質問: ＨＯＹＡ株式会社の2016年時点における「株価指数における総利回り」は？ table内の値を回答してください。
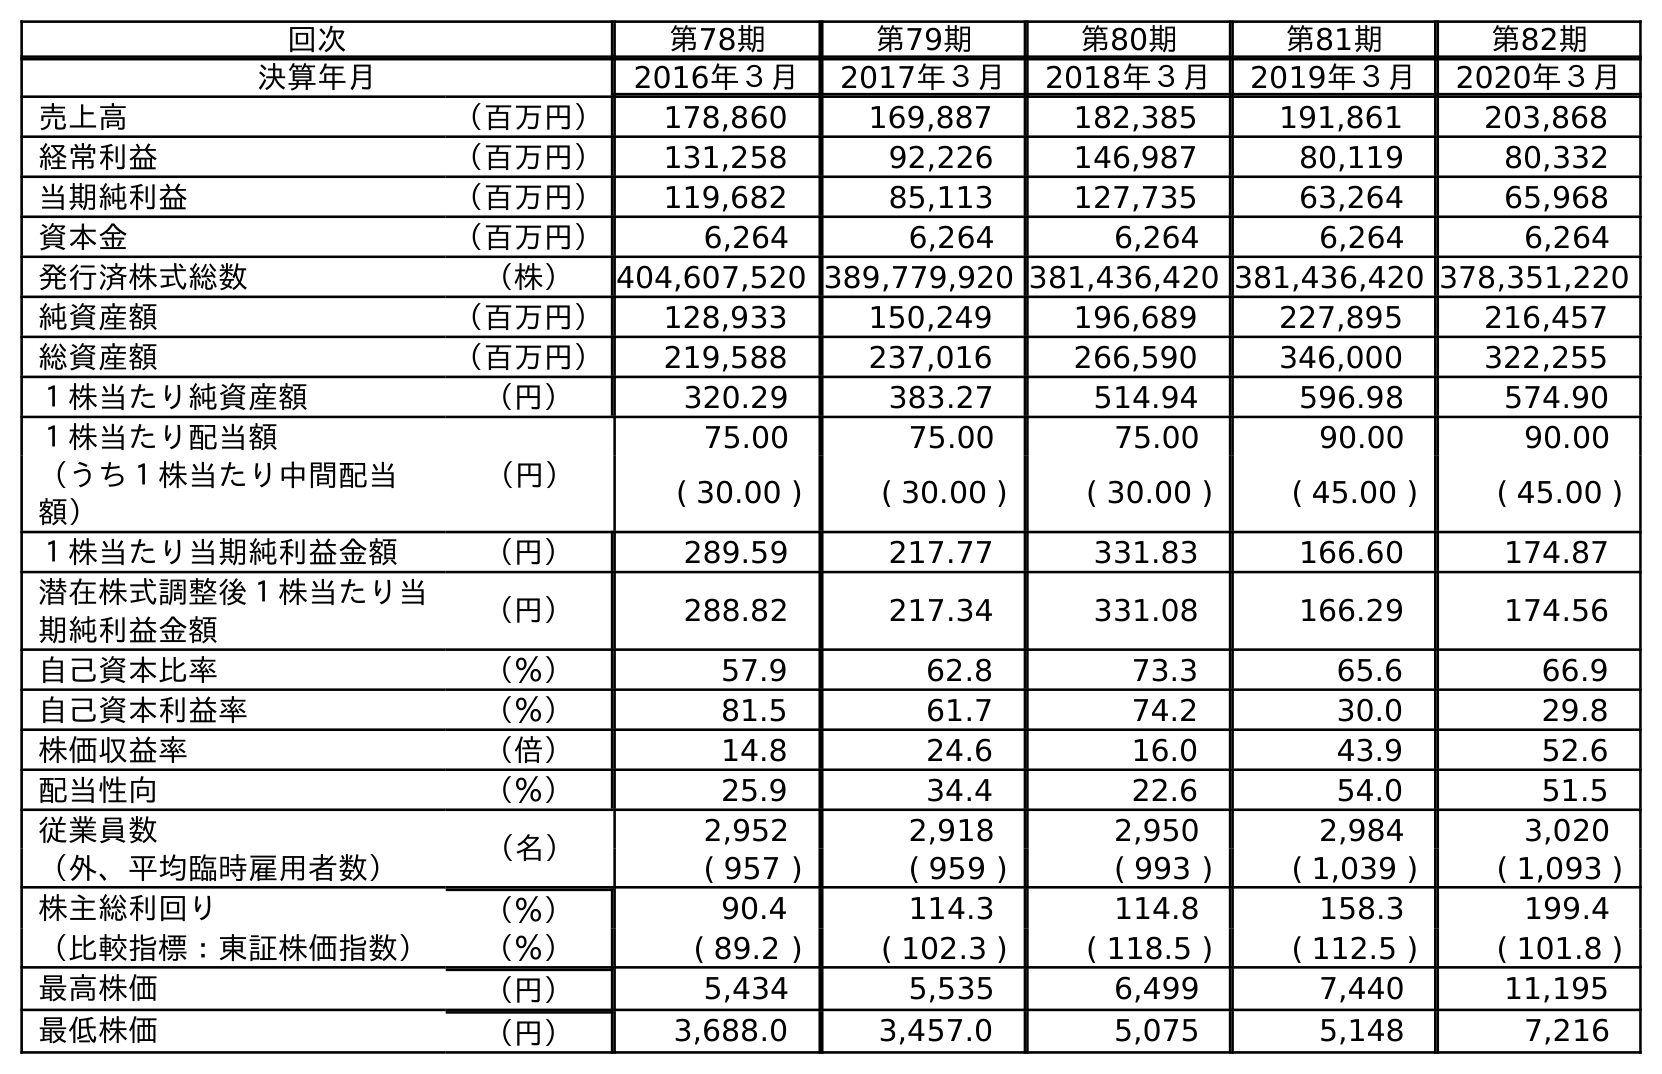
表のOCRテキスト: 回次 第78期 第79期 第80期 第81期 第82期 決算年月 2016年３月 2017年３月 2018年３月 2019年３月 2020年３月 売上高 （百万円） 178,860 169,887 182,385 191,861 203,868 経常利益 （百万円） 131,258 92,226 146,987 80,119 80,332 当期純利益 （百万円） 119,682 85,113 127,735 63,264 65,968 資本金 （百万円） 6,264 6,264 6,264 6,264 6,264 発行済株式総数 （株） 404,607,520 389,779,920 381,436,420 381,436,420 378,351,220 純資産額 （百万円） 128,933 150,249 196,689 227,895 216,457 総資産額 （百万円） 219,588 237,016 266,590 346,000 322,255 １株当たり純資産額 （円） 320.29 383.27 514.94 596.98 574.90 １株当たり配当額 （円） 75.00 75.00 75.00 90.00 90.00 （うち１株当たり中間配当 額） ( 30.00 ) ( 30.00 ) ( 30.00 ) ( 45.00 ) ( 45.00 ) １株当たり当期純利益金額 （円） 289.59 217.77 331.83 166.60 174.87 潜在株式調整後１株当たり当 期純利益金額 （円） 288.82 217.34 331.08 166.29 174.56 自己資本比率 （％） 57.9 62.8 73.3 65.6 66.9 自己資本利益率 （％） 81.5 61.7 74.2 30.0 29.8 株価収益率 （倍） 14.8 24.6 16.0 43.9 52.6 配当性向 （％） 25.9 34.4 22.6 54.0 51.5 従業員数 （名） 2,952 2,918 2,950 2,984 3,020 （外、平均臨時雇用者数） ( 957 ) ( 959 ) ( 993 ) ( 1,039 ) ( 1,093 ) 株主総利回り （％） 90.4 114.3 114.8 158.3 199.4 （比較指標：東証株価指数） （％） ( 89.2 ) ( 102.3 ) ( 118.5 ) ( 112.5 ) ( 101.8 ) 最高株価 （円） 5,434 5,535 6,499 7,440 11,195 最低株価 （円） 3,688.0 3,457.0 5,075 5,148 7,216
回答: (89.2)